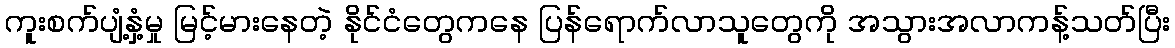
ကူးစက်ပျံ့နှံ့မှု မြင့်မားနေတဲ့ နိုင်ငံတွေကနေ ပြန်ရောက်လာသူတွေကို အသွားအလာကန့်သတ်ပြီး